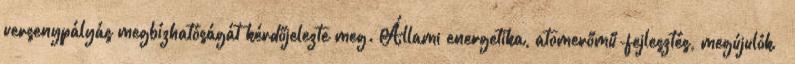
versenypályás megbízhatóságát kérdőjelezte meg. Állami energetika, atomerőmű-fejlesztés, megújulók –